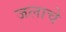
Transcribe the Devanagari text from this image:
जलाचे